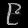
Digit: ၉